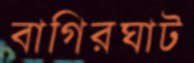
বাগিরঘাট